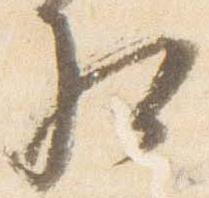
相